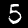
Label: 5